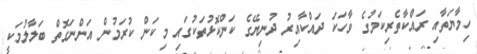
ހިމާޔަތާއި ރައްކާތެރިކަމުގެ ވާހަކަ ދައްކާއިރު ދުނިޔޭގެ ކަންކޮޅުތަކުގައި މިކަން ކުރަމުން އަންނަގޮތް ބަލާލުމަކީ